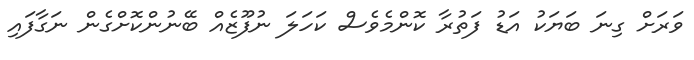
ވަރަށް ގިނަ ބަޔަކު އަޑު ފަތުރާ ކޮންމެވެސް ކަހަލަ ނުފޫޒެއް ބޭނުންކޮށްގެން ނަގާފައި